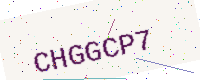
Text: CHGGCP7